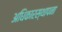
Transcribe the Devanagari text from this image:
अधिकारस्थापना